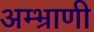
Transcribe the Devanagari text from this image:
अम्भ्राणी